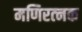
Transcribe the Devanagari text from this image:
मणिरत्‍नक